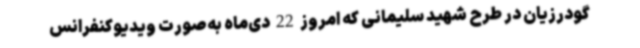
گودرزیان در طرح شهید سلیمانی که امروز 22 دی‌ماه به‌صورت ویدیوکنفرانس